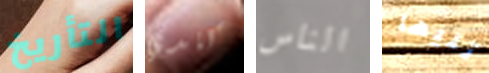
التأريخ كندي الناس تليها